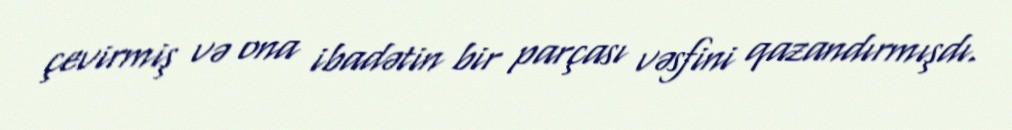
çevirmiş və ona ibadətin bir parçası vəsfini qazandırmışdı.